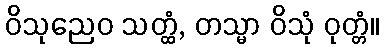
ဝိသုညေဝ သတ္ထံ, တသ္မာ ဝိသုံ ဝုတ္တံ။